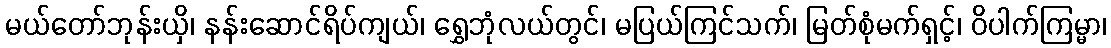
မယ်တော်ဘုန်းယှိ၊ နန်းဆောင်ရိပ်ကျယ်၊ ရွှေဘုံလယ်တွင်၊ မပြယ်ကြင်သက်၊ မြတ်စုံမက်ရှင့်၊ ဝိပါက်ကြမ္မာ၊